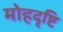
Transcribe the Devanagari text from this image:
मोहदृष्टि